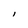
Character: I